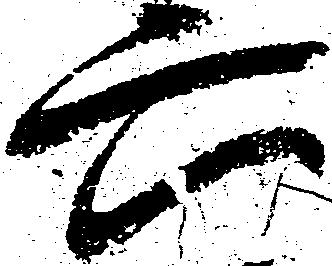
六